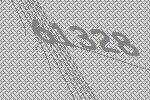
61328